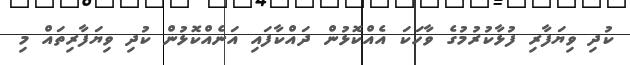
ކުދި ވިޔަފާރި ފުޅާކުރުމުގެ ވާހަކަ އެއްކޮޅުން ދައްކާފައި އަނެއްކޮޅުން ކުދި ވިޔަފާރިތައް މި